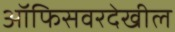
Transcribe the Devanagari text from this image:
ऑफिसवरदेखील